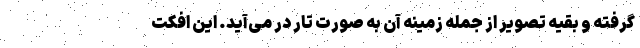
گرفته و بقیه تصویر از جمله زمینه آن به صورت تار در می‌آید. این افکت